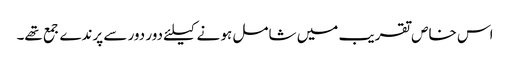
اس خاص تقریب میں شامل ہو نے کیلئے دور دور سے پرندے جمع تھے۔